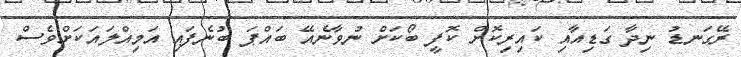
ރޭގަނޑު ނިދާ ގަޑިއާއި ކައިރިކޮށް ކޮފީ ބޯކަށް ނުވާނެއޭ ބައްޕަ ބުނެފައި އަމިއްލައަކަށްވެސް